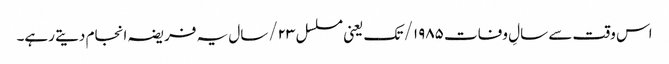
اس وقت سے سالِ وفات ۱۹۸۵/ تک یعنی مسلسل ۲۳/سال یہ فریضہ انجام دیتے رہے۔